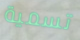
تسمية